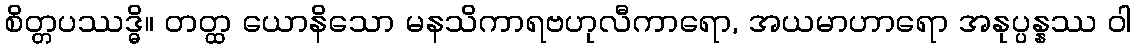
စိတ္တပဿဒ္ဓိ။ တတ္ထ ယောနိသော မနသိကာရဗဟုလီကာရော, အယမာဟာရော အနုပ္ပန္နဿ ဝါ